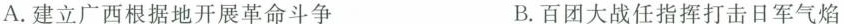
A.建立广西根据地开展革命斗争 B.百团大战任指挥打击日军气焰